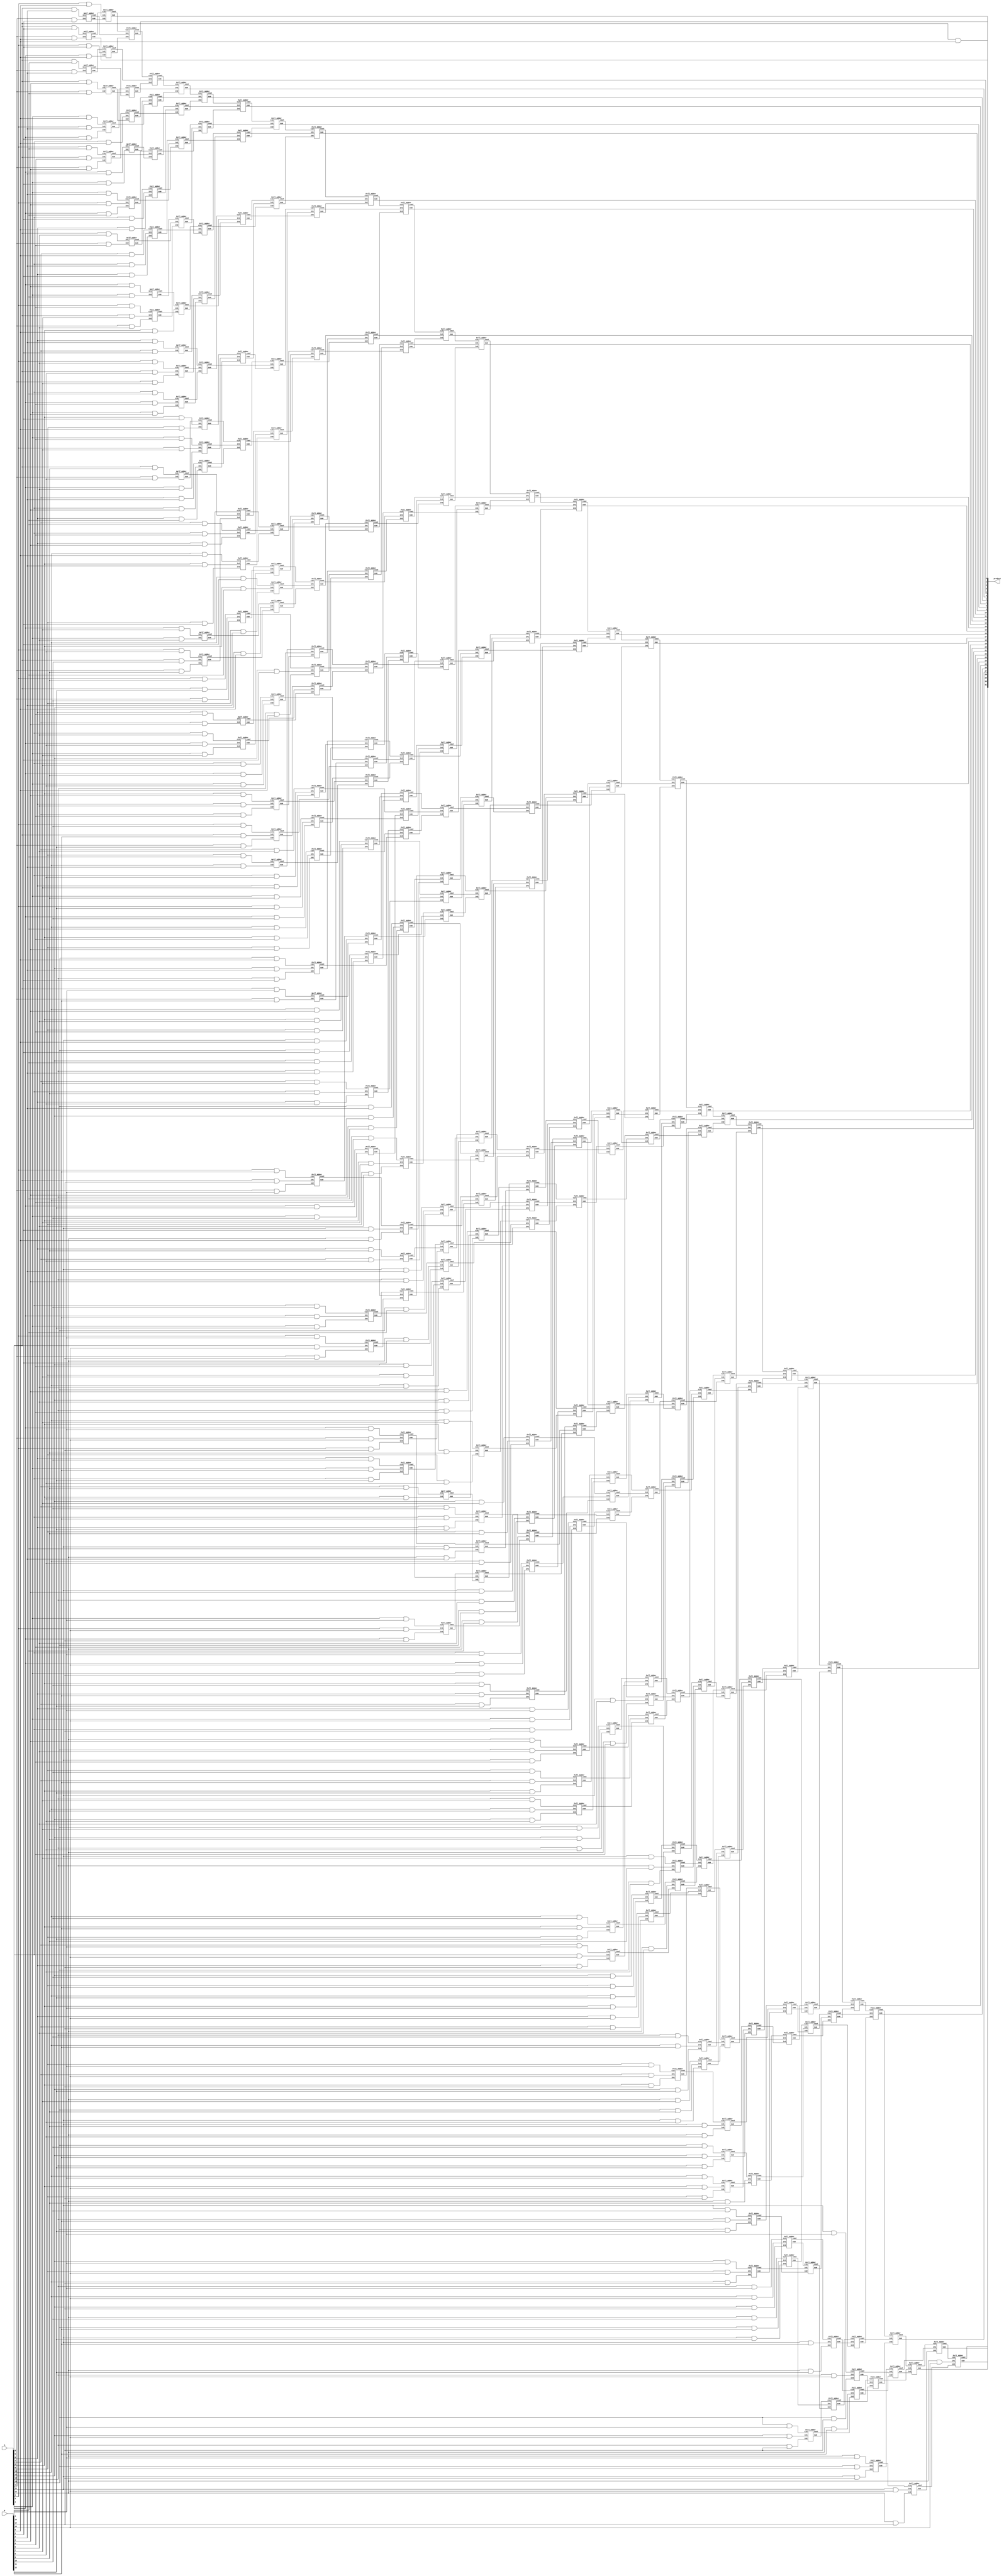
module dadda_unsigned_multiplier_RCA_16(product, A, B);
    input [15:0] A, B;
    output [31:0] product;

    wire [15:0] pp0, pp1, pp2, pp3, pp4, pp5, pp6, pp7, pp8, pp9, pp10, pp11, pp12, pp13, pp14, pp15;

	assign pp0[0] = A[0] & B[0];
	assign pp0[1] = A[0] & B[1];
	assign pp0[2] = A[0] & B[2];
	assign pp0[3] = A[0] & B[3];
	assign pp0[4] = A[0] & B[4];
	assign pp0[5] = A[0] & B[5];
	assign pp0[6] = A[0] & B[6];
	assign pp0[7] = A[0] & B[7];
	assign pp0[8] = A[0] & B[8];
	assign pp0[9] = A[0] & B[9];
	assign pp0[10] = A[0] & B[10];
	assign pp0[11] = A[0] & B[11];
	assign pp0[12] = A[0] & B[12];
	assign pp0[13] = A[0] & B[13];
	assign pp0[14] = A[0] & B[14];
	assign pp0[15] = A[0] & B[15];
	assign pp1[0] = A[1] & B[0];
	assign pp1[1] = A[1] & B[1];
	assign pp1[2] = A[1] & B[2];
	assign pp1[3] = A[1] & B[3];
	assign pp1[4] = A[1] & B[4];
	assign pp1[5] = A[1] & B[5];
	assign pp1[6] = A[1] & B[6];
	assign pp1[7] = A[1] & B[7];
	assign pp1[8] = A[1] & B[8];
	assign pp1[9] = A[1] & B[9];
	assign pp1[10] = A[1] & B[10];
	assign pp1[11] = A[1] & B[11];
	assign pp1[12] = A[1] & B[12];
	assign pp1[13] = A[1] & B[13];
	assign pp1[14] = A[1] & B[14];
	assign pp1[15] = A[1] & B[15];
	assign pp2[0] = A[2] & B[0];
	assign pp2[1] = A[2] & B[1];
	assign pp2[2] = A[2] & B[2];
	assign pp2[3] = A[2] & B[3];
	assign pp2[4] = A[2] & B[4];
	assign pp2[5] = A[2] & B[5];
	assign pp2[6] = A[2] & B[6];
	assign pp2[7] = A[2] & B[7];
	assign pp2[8] = A[2] & B[8];
	assign pp2[9] = A[2] & B[9];
	assign pp2[10] = A[2] & B[10];
	assign pp2[11] = A[2] & B[11];
	assign pp2[12] = A[2] & B[12];
	assign pp2[13] = A[2] & B[13];
	assign pp2[14] = A[2] & B[14];
	assign pp2[15] = A[2] & B[15];
	assign pp3[0] = A[3] & B[0];
	assign pp3[1] = A[3] & B[1];
	assign pp3[2] = A[3] & B[2];
	assign pp3[3] = A[3] & B[3];
	assign pp3[4] = A[3] & B[4];
	assign pp3[5] = A[3] & B[5];
	assign pp3[6] = A[3] & B[6];
	assign pp3[7] = A[3] & B[7];
	assign pp3[8] = A[3] & B[8];
	assign pp3[9] = A[3] & B[9];
	assign pp3[10] = A[3] & B[10];
	assign pp3[11] = A[3] & B[11];
	assign pp3[12] = A[3] & B[12];
	assign pp3[13] = A[3] & B[13];
	assign pp3[14] = A[3] & B[14];
	assign pp3[15] = A[3] & B[15];
	assign pp4[0] = A[4] & B[0];
	assign pp4[1] = A[4] & B[1];
	assign pp4[2] = A[4] & B[2];
	assign pp4[3] = A[4] & B[3];
	assign pp4[4] = A[4] & B[4];
	assign pp4[5] = A[4] & B[5];
	assign pp4[6] = A[4] & B[6];
	assign pp4[7] = A[4] & B[7];
	assign pp4[8] = A[4] & B[8];
	assign pp4[9] = A[4] & B[9];
	assign pp4[10] = A[4] & B[10];
	assign pp4[11] = A[4] & B[11];
	assign pp4[12] = A[4] & B[12];
	assign pp4[13] = A[4] & B[13];
	assign pp4[14] = A[4] & B[14];
	assign pp4[15] = A[4] & B[15];
	assign pp5[0] = A[5] & B[0];
	assign pp5[1] = A[5] & B[1];
	assign pp5[2] = A[5] & B[2];
	assign pp5[3] = A[5] & B[3];
	assign pp5[4] = A[5] & B[4];
	assign pp5[5] = A[5] & B[5];
	assign pp5[6] = A[5] & B[6];
	assign pp5[7] = A[5] & B[7];
	assign pp5[8] = A[5] & B[8];
	assign pp5[9] = A[5] & B[9];
	assign pp5[10] = A[5] & B[10];
	assign pp5[11] = A[5] & B[11];
	assign pp5[12] = A[5] & B[12];
	assign pp5[13] = A[5] & B[13];
	assign pp5[14] = A[5] & B[14];
	assign pp5[15] = A[5] & B[15];
	assign pp6[0] = A[6] & B[0];
	assign pp6[1] = A[6] & B[1];
	assign pp6[2] = A[6] & B[2];
	assign pp6[3] = A[6] & B[3];
	assign pp6[4] = A[6] & B[4];
	assign pp6[5] = A[6] & B[5];
	assign pp6[6] = A[6] & B[6];
	assign pp6[7] = A[6] & B[7];
	assign pp6[8] = A[6] & B[8];
	assign pp6[9] = A[6] & B[9];
	assign pp6[10] = A[6] & B[10];
	assign pp6[11] = A[6] & B[11];
	assign pp6[12] = A[6] & B[12];
	assign pp6[13] = A[6] & B[13];
	assign pp6[14] = A[6] & B[14];
	assign pp6[15] = A[6] & B[15];
	assign pp7[0] = A[7] & B[0];
	assign pp7[1] = A[7] & B[1];
	assign pp7[2] = A[7] & B[2];
	assign pp7[3] = A[7] & B[3];
	assign pp7[4] = A[7] & B[4];
	assign pp7[5] = A[7] & B[5];
	assign pp7[6] = A[7] & B[6];
	assign pp7[7] = A[7] & B[7];
	assign pp7[8] = A[7] & B[8];
	assign pp7[9] = A[7] & B[9];
	assign pp7[10] = A[7] & B[10];
	assign pp7[11] = A[7] & B[11];
	assign pp7[12] = A[7] & B[12];
	assign pp7[13] = A[7] & B[13];
	assign pp7[14] = A[7] & B[14];
	assign pp7[15] = A[7] & B[15];
	assign pp8[0] = A[8] & B[0];
	assign pp8[1] = A[8] & B[1];
	assign pp8[2] = A[8] & B[2];
	assign pp8[3] = A[8] & B[3];
	assign pp8[4] = A[8] & B[4];
	assign pp8[5] = A[8] & B[5];
	assign pp8[6] = A[8] & B[6];
	assign pp8[7] = A[8] & B[7];
	assign pp8[8] = A[8] & B[8];
	assign pp8[9] = A[8] & B[9];
	assign pp8[10] = A[8] & B[10];
	assign pp8[11] = A[8] & B[11];
	assign pp8[12] = A[8] & B[12];
	assign pp8[13] = A[8] & B[13];
	assign pp8[14] = A[8] & B[14];
	assign pp8[15] = A[8] & B[15];
	assign pp9[0] = A[9] & B[0];
	assign pp9[1] = A[9] & B[1];
	assign pp9[2] = A[9] & B[2];
	assign pp9[3] = A[9] & B[3];
	assign pp9[4] = A[9] & B[4];
	assign pp9[5] = A[9] & B[5];
	assign pp9[6] = A[9] & B[6];
	assign pp9[7] = A[9] & B[7];
	assign pp9[8] = A[9] & B[8];
	assign pp9[9] = A[9] & B[9];
	assign pp9[10] = A[9] & B[10];
	assign pp9[11] = A[9] & B[11];
	assign pp9[12] = A[9] & B[12];
	assign pp9[13] = A[9] & B[13];
	assign pp9[14] = A[9] & B[14];
	assign pp9[15] = A[9] & B[15];
	assign pp10[0] = A[10] & B[0];
	assign pp10[1] = A[10] & B[1];
	assign pp10[2] = A[10] & B[2];
	assign pp10[3] = A[10] & B[3];
	assign pp10[4] = A[10] & B[4];
	assign pp10[5] = A[10] & B[5];
	assign pp10[6] = A[10] & B[6];
	assign pp10[7] = A[10] & B[7];
	assign pp10[8] = A[10] & B[8];
	assign pp10[9] = A[10] & B[9];
	assign pp10[10] = A[10] & B[10];
	assign pp10[11] = A[10] & B[11];
	assign pp10[12] = A[10] & B[12];
	assign pp10[13] = A[10] & B[13];
	assign pp10[14] = A[10] & B[14];
	assign pp10[15] = A[10] & B[15];
	assign pp11[0] = A[11] & B[0];
	assign pp11[1] = A[11] & B[1];
	assign pp11[2] = A[11] & B[2];
	assign pp11[3] = A[11] & B[3];
	assign pp11[4] = A[11] & B[4];
	assign pp11[5] = A[11] & B[5];
	assign pp11[6] = A[11] & B[6];
	assign pp11[7] = A[11] & B[7];
	assign pp11[8] = A[11] & B[8];
	assign pp11[9] = A[11] & B[9];
	assign pp11[10] = A[11] & B[10];
	assign pp11[11] = A[11] & B[11];
	assign pp11[12] = A[11] & B[12];
	assign pp11[13] = A[11] & B[13];
	assign pp11[14] = A[11] & B[14];
	assign pp11[15] = A[11] & B[15];
	assign pp12[0] = A[12] & B[0];
	assign pp12[1] = A[12] & B[1];
	assign pp12[2] = A[12] & B[2];
	assign pp12[3] = A[12] & B[3];
	assign pp12[4] = A[12] & B[4];
	assign pp12[5] = A[12] & B[5];
	assign pp12[6] = A[12] & B[6];
	assign pp12[7] = A[12] & B[7];
	assign pp12[8] = A[12] & B[8];
	assign pp12[9] = A[12] & B[9];
	assign pp12[10] = A[12] & B[10];
	assign pp12[11] = A[12] & B[11];
	assign pp12[12] = A[12] & B[12];
	assign pp12[13] = A[12] & B[13];
	assign pp12[14] = A[12] & B[14];
	assign pp12[15] = A[12] & B[15];
	assign pp13[0] = A[13] & B[0];
	assign pp13[1] = A[13] & B[1];
	assign pp13[2] = A[13] & B[2];
	assign pp13[3] = A[13] & B[3];
	assign pp13[4] = A[13] & B[4];
	assign pp13[5] = A[13] & B[5];
	assign pp13[6] = A[13] & B[6];
	assign pp13[7] = A[13] & B[7];
	assign pp13[8] = A[13] & B[8];
	assign pp13[9] = A[13] & B[9];
	assign pp13[10] = A[13] & B[10];
	assign pp13[11] = A[13] & B[11];
	assign pp13[12] = A[13] & B[12];
	assign pp13[13] = A[13] & B[13];
	assign pp13[14] = A[13] & B[14];
	assign pp13[15] = A[13] & B[15];
	assign pp14[0] = A[14] & B[0];
	assign pp14[1] = A[14] & B[1];
	assign pp14[2] = A[14] & B[2];
	assign pp14[3] = A[14] & B[3];
	assign pp14[4] = A[14] & B[4];
	assign pp14[5] = A[14] & B[5];
	assign pp14[6] = A[14] & B[6];
	assign pp14[7] = A[14] & B[7];
	assign pp14[8] = A[14] & B[8];
	assign pp14[9] = A[14] & B[9];
	assign pp14[10] = A[14] & B[10];
	assign pp14[11] = A[14] & B[11];
	assign pp14[12] = A[14] & B[12];
	assign pp14[13] = A[14] & B[13];
	assign pp14[14] = A[14] & B[14];
	assign pp14[15] = A[14] & B[15];
	assign pp15[0] = A[15] & B[0];
	assign pp15[1] = A[15] & B[1];
	assign pp15[2] = A[15] & B[2];
	assign pp15[3] = A[15] & B[3];
	assign pp15[4] = A[15] & B[4];
	assign pp15[5] = A[15] & B[5];
	assign pp15[6] = A[15] & B[6];
	assign pp15[7] = A[15] & B[7];
	assign pp15[8] = A[15] & B[8];
	assign pp15[9] = A[15] & B[9];
	assign pp15[10] = A[15] & B[10];
	assign pp15[11] = A[15] & B[11];
	assign pp15[12] = A[15] & B[12];
	assign pp15[13] = A[15] & B[13];
	assign pp15[14] = A[15] & B[14];
	assign pp15[15] = A[15] & B[15];

	wire [240:0] S;
	wire [240:0] Cout;
	Half_Adder HA1 (pp0[13], pp1[12], S[1], Cout[1]);
	Full_Adder FA1 (pp0[14], pp1[13], pp2[12], S[2], Cout[2]);
	Half_Adder HA2 (pp3[11], pp4[10], S[3], Cout[3]);
	Full_Adder FA2 (pp0[15], pp1[14], pp2[13], S[4], Cout[4]);
	Full_Adder FA3 (pp3[12], pp4[11], pp5[10], S[5], Cout[5]);
	Half_Adder HA3 (pp6[9], pp7[8], S[6], Cout[6]);
	Full_Adder FA4 (pp1[15], pp2[14], pp3[13], S[7], Cout[7]);
	Full_Adder FA5 (pp4[12], pp5[11], pp6[10], S[8], Cout[8]);
	Half_Adder HA4 (pp7[9], pp8[8], S[9], Cout[9]);
	Full_Adder FA6 (pp2[15], pp3[14], pp4[13], S[10], Cout[10]);
	Full_Adder FA7 (pp5[12], pp6[11], pp7[10], S[11], Cout[11]);
	Full_Adder FA8 (pp3[15], pp4[14], pp5[13], S[12], Cout[12]);
	Half_Adder HA5 (pp0[9], pp1[8], S[13], Cout[13]);
	Full_Adder FA9 (pp0[10], pp1[9], pp2[8], S[14], Cout[14]);
	Half_Adder HA6 (pp3[7], pp4[6], S[15], Cout[15]);
	Full_Adder FA10 (pp0[11], pp1[10], pp2[9], S[16], Cout[16]);
	Full_Adder FA11 (pp3[8], pp4[7], pp5[6], S[17], Cout[17]);
	Half_Adder HA7 (pp6[5], pp7[4], S[18], Cout[18]);
	Full_Adder FA12 (pp0[12], pp1[11], pp2[10], S[19], Cout[19]);
	Full_Adder FA13 (pp3[9], pp4[8], pp5[7], S[20], Cout[20]);
	Full_Adder FA14 (pp6[6], pp7[5], pp8[4], S[21], Cout[21]);
	Half_Adder HA8 (pp9[3], pp10[2], S[22], Cout[22]);
	Full_Adder FA15 (pp2[11], pp3[10], pp4[9], S[23], Cout[23]);
	Full_Adder FA16 (pp5[8], pp6[7], pp7[6], S[24], Cout[24]);
	Full_Adder FA17 (pp8[5], pp9[4], pp10[3], S[25], Cout[25]);
	Full_Adder FA18 (pp11[2], pp12[1], pp13[0], S[26], Cout[26]);
	Full_Adder FA19 (pp5[9], pp6[8], pp7[7], S[27], Cout[27]);
	Full_Adder FA20 (pp8[6], pp9[5], pp10[4], S[28], Cout[28]);
	Full_Adder FA21 (pp11[3], pp12[2], pp13[1], S[29], Cout[29]);
	Full_Adder FA22 (pp14[0], Cout[1], S[2], S[30], Cout[30]);
	Full_Adder FA23 (pp8[7], pp9[6], pp10[5], S[31], Cout[31]);
	Full_Adder FA24 (pp11[4], pp12[3], pp13[2], S[32], Cout[32]);
	Full_Adder FA25 (pp14[1], pp15[0], Cout[2], S[33], Cout[33]);
	Full_Adder FA26 (Cout[3], S[4], S[5], S[34], Cout[34]);
	Full_Adder FA27 (pp9[7], pp10[6], pp11[5], S[35], Cout[35]);
	Full_Adder FA28 (pp12[4], pp13[3], pp14[2], S[36], Cout[36]);
	Full_Adder FA29 (pp15[1], Cout[4], Cout[5], S[37], Cout[37]);
	Full_Adder FA30 (Cout[6], S[7], S[8], S[38], Cout[38]);
	Full_Adder FA31 (pp8[9], pp9[8], pp10[7], S[39], Cout[39]);
	Full_Adder FA32 (pp11[6], pp12[5], pp13[4], S[40], Cout[40]);
	Full_Adder FA33 (pp14[3], pp15[2], Cout[7], S[41], Cout[41]);
	Full_Adder FA34 (Cout[8], Cout[9], S[10], S[42], Cout[42]);
	Full_Adder FA35 (pp6[12], pp7[11], pp8[10], S[43], Cout[43]);
	Full_Adder FA36 (pp9[9], pp10[8], pp11[7], S[44], Cout[44]);
	Full_Adder FA37 (pp12[6], pp13[5], pp14[4], S[45], Cout[45]);
	Full_Adder FA38 (pp15[3], Cout[10], Cout[11], S[46], Cout[46]);
	Full_Adder FA39 (pp4[15], pp5[14], pp6[13], S[47], Cout[47]);
	Full_Adder FA40 (pp7[12], pp8[11], pp9[10], S[48], Cout[48]);
	Full_Adder FA41 (pp10[9], pp11[8], pp12[7], S[49], Cout[49]);
	Full_Adder FA42 (pp13[6], pp14[5], pp15[4], S[50], Cout[50]);
	Full_Adder FA43 (pp5[15], pp6[14], pp7[13], S[51], Cout[51]);
	Full_Adder FA44 (pp8[12], pp9[11], pp10[10], S[52], Cout[52]);
	Full_Adder FA45 (pp11[9], pp12[8], pp13[7], S[53], Cout[53]);
	Full_Adder FA46 (pp6[15], pp7[14], pp8[13], S[54], Cout[54]);
	Full_Adder FA47 (pp9[12], pp10[11], pp11[10], S[55], Cout[55]);
	Full_Adder FA48 (pp7[15], pp8[14], pp9[13], S[56], Cout[56]);
	Half_Adder HA9 (pp0[6], pp1[5], S[57], Cout[57]);
	Full_Adder FA49 (pp0[7], pp1[6], pp2[5], S[58], Cout[58]);
	Half_Adder HA10 (pp3[4], pp4[3], S[59], Cout[59]);
	Full_Adder FA50 (pp0[8], pp1[7], pp2[6], S[60], Cout[60]);
	Full_Adder FA51 (pp3[5], pp4[4], pp5[3], S[61], Cout[61]);
	Half_Adder HA11 (pp6[2], pp7[1], S[62], Cout[62]);
	Full_Adder FA52 (pp2[7], pp3[6], pp4[5], S[63], Cout[63]);
	Full_Adder FA53 (pp5[4], pp6[3], pp7[2], S[64], Cout[64]);
	Full_Adder FA54 (pp8[1], pp9[0], S[13], S[65], Cout[65]);
	Full_Adder FA55 (pp5[5], pp6[4], pp7[3], S[66], Cout[66]);
	Full_Adder FA56 (pp8[2], pp9[1], pp10[0], S[67], Cout[67]);
	Full_Adder FA57 (Cout[13], S[14], S[15], S[68], Cout[68]);
	Full_Adder FA58 (pp8[3], pp9[2], pp10[1], S[69], Cout[69]);
	Full_Adder FA59 (pp11[0], Cout[14], Cout[15], S[70], Cout[70]);
	Full_Adder FA60 (S[16], S[17], S[18], S[71], Cout[71]);
	Full_Adder FA61 (pp11[1], pp12[0], Cout[16], S[72], Cout[72]);
	Full_Adder FA62 (Cout[17], Cout[18], S[19], S[73], Cout[73]);
	Full_Adder FA63 (S[20], S[21], S[22], S[74], Cout[74]);
	Full_Adder FA64 (S[1], Cout[19], Cout[20], S[75], Cout[75]);
	Full_Adder FA65 (Cout[21], Cout[22], S[23], S[76], Cout[76]);
	Full_Adder FA66 (S[24], S[25], S[26], S[77], Cout[77]);
	Full_Adder FA67 (S[3], Cout[23], Cout[24], S[78], Cout[78]);
	Full_Adder FA68 (Cout[25], Cout[26], S[27], S[79], Cout[79]);
	Full_Adder FA69 (S[28], S[29], S[30], S[80], Cout[80]);
	Full_Adder FA70 (S[6], Cout[27], Cout[28], S[81], Cout[81]);
	Full_Adder FA71 (Cout[29], Cout[30], S[31], S[82], Cout[82]);
	Full_Adder FA72 (S[32], S[33], S[34], S[83], Cout[83]);
	Full_Adder FA73 (S[9], Cout[31], Cout[32], S[84], Cout[84]);
	Full_Adder FA74 (Cout[33], Cout[34], S[35], S[85], Cout[85]);
	Full_Adder FA75 (S[36], S[37], S[38], S[86], Cout[86]);
	Full_Adder FA76 (S[11], Cout[35], Cout[36], S[87], Cout[87]);
	Full_Adder FA77 (Cout[37], Cout[38], S[39], S[88], Cout[88]);
	Full_Adder FA78 (S[40], S[41], S[42], S[89], Cout[89]);
	Full_Adder FA79 (S[12], Cout[39], Cout[40], S[90], Cout[90]);
	Full_Adder FA80 (Cout[41], Cout[42], S[43], S[91], Cout[91]);
	Full_Adder FA81 (S[44], S[45], S[46], S[92], Cout[92]);
	Full_Adder FA82 (Cout[12], Cout[43], Cout[44], S[93], Cout[93]);
	Full_Adder FA83 (Cout[45], Cout[46], S[47], S[94], Cout[94]);
	Full_Adder FA84 (S[48], S[49], S[50], S[95], Cout[95]);
	Full_Adder FA85 (pp14[6], pp15[5], Cout[47], S[96], Cout[96]);
	Full_Adder FA86 (Cout[48], Cout[49], Cout[50], S[97], Cout[97]);
	Full_Adder FA87 (S[51], S[52], S[53], S[98], Cout[98]);
	Full_Adder FA88 (pp12[9], pp13[8], pp14[7], S[99], Cout[99]);
	Full_Adder FA89 (pp15[6], Cout[51], Cout[52], S[100], Cout[100]);
	Full_Adder FA90 (Cout[53], S[54], S[55], S[101], Cout[101]);
	Full_Adder FA91 (pp10[12], pp11[11], pp12[10], S[102], Cout[102]);
	Full_Adder FA92 (pp13[9], pp14[8], pp15[7], S[103], Cout[103]);
	Full_Adder FA93 (Cout[54], Cout[55], S[56], S[104], Cout[104]);
	Full_Adder FA94 (pp8[15], pp9[14], pp10[13], S[105], Cout[105]);
	Full_Adder FA95 (pp11[12], pp12[11], pp13[10], S[106], Cout[106]);
	Full_Adder FA96 (pp14[9], pp15[8], Cout[56], S[107], Cout[107]);
	Full_Adder FA97 (pp9[15], pp10[14], pp11[13], S[108], Cout[108]);
	Full_Adder FA98 (pp12[12], pp13[11], pp14[10], S[109], Cout[109]);
	Full_Adder FA99 (pp10[15], pp11[14], pp12[13], S[110], Cout[110]);
	Half_Adder HA12 (pp0[4], pp1[3], S[111], Cout[111]);
	Full_Adder FA100 (pp0[5], pp1[4], pp2[3], S[112], Cout[112]);
	Half_Adder HA13 (pp3[2], pp4[1], S[113], Cout[113]);
	Full_Adder FA101 (pp2[4], pp3[3], pp4[2], S[114], Cout[114]);
	Full_Adder FA102 (pp5[1], pp6[0], S[57], S[115], Cout[115]);
	Full_Adder FA103 (pp5[2], pp6[1], pp7[0], S[116], Cout[116]);
	Full_Adder FA104 (Cout[57], S[58], S[59], S[117], Cout[117]);
	Full_Adder FA105 (pp8[0], Cout[58], Cout[59], S[118], Cout[118]);
	Full_Adder FA106 (S[60], S[61], S[62], S[119], Cout[119]);
	Full_Adder FA107 (Cout[60], Cout[61], Cout[62], S[120], Cout[120]);
	Full_Adder FA108 (S[63], S[64], S[65], S[121], Cout[121]);
	Full_Adder FA109 (Cout[63], Cout[64], Cout[65], S[122], Cout[122]);
	Full_Adder FA110 (S[66], S[67], S[68], S[123], Cout[123]);
	Full_Adder FA111 (Cout[66], Cout[67], Cout[68], S[124], Cout[124]);
	Full_Adder FA112 (S[69], S[70], S[71], S[125], Cout[125]);
	Full_Adder FA113 (Cout[69], Cout[70], Cout[71], S[126], Cout[126]);
	Full_Adder FA114 (S[72], S[73], S[74], S[127], Cout[127]);
	Full_Adder FA115 (Cout[72], Cout[73], Cout[74], S[128], Cout[128]);
	Full_Adder FA116 (S[75], S[76], S[77], S[129], Cout[129]);
	Full_Adder FA117 (Cout[75], Cout[76], Cout[77], S[130], Cout[130]);
	Full_Adder FA118 (S[78], S[79], S[80], S[131], Cout[131]);
	Full_Adder FA119 (Cout[78], Cout[79], Cout[80], S[132], Cout[132]);
	Full_Adder FA120 (S[81], S[82], S[83], S[133], Cout[133]);
	Full_Adder FA121 (Cout[81], Cout[82], Cout[83], S[134], Cout[134]);
	Full_Adder FA122 (S[84], S[85], S[86], S[135], Cout[135]);
	Full_Adder FA123 (Cout[84], Cout[85], Cout[86], S[136], Cout[136]);
	Full_Adder FA124 (S[87], S[88], S[89], S[137], Cout[137]);
	Full_Adder FA125 (Cout[87], Cout[88], Cout[89], S[138], Cout[138]);
	Full_Adder FA126 (S[90], S[91], S[92], S[139], Cout[139]);
	Full_Adder FA127 (Cout[90], Cout[91], Cout[92], S[140], Cout[140]);
	Full_Adder FA128 (S[93], S[94], S[95], S[141], Cout[141]);
	Full_Adder FA129 (Cout[93], Cout[94], Cout[95], S[142], Cout[142]);
	Full_Adder FA130 (S[96], S[97], S[98], S[143], Cout[143]);
	Full_Adder FA131 (Cout[96], Cout[97], Cout[98], S[144], Cout[144]);
	Full_Adder FA132 (S[99], S[100], S[101], S[145], Cout[145]);
	Full_Adder FA133 (Cout[99], Cout[100], Cout[101], S[146], Cout[146]);
	Full_Adder FA134 (S[102], S[103], S[104], S[147], Cout[147]);
	Full_Adder FA135 (Cout[102], Cout[103], Cout[104], S[148], Cout[148]);
	Full_Adder FA136 (S[105], S[106], S[107], S[149], Cout[149]);
	Full_Adder FA137 (pp15[9], Cout[105], Cout[106], S[150], Cout[150]);
	Full_Adder FA138 (Cout[107], S[108], S[109], S[151], Cout[151]);
	Full_Adder FA139 (pp13[12], pp14[11], pp15[10], S[152], Cout[152]);
	Full_Adder FA140 (Cout[108], Cout[109], S[110], S[153], Cout[153]);
	Full_Adder FA141 (pp11[15], pp12[14], pp13[13], S[154], Cout[154]);
	Full_Adder FA142 (pp14[12], pp15[11], Cout[110], S[155], Cout[155]);
	Full_Adder FA143 (pp12[15], pp13[14], pp14[13], S[156], Cout[156]);
	Half_Adder HA14 (pp0[3], pp1[2], S[157], Cout[157]);
	Full_Adder FA144 (pp2[2], pp3[1], pp4[0], S[158], Cout[158]);
	Full_Adder FA145 (pp5[0], Cout[111], S[112], S[159], Cout[159]);
	Full_Adder FA146 (Cout[112], Cout[113], S[114], S[160], Cout[160]);
	Full_Adder FA147 (Cout[114], Cout[115], S[116], S[161], Cout[161]);
	Full_Adder FA148 (Cout[116], Cout[117], S[118], S[162], Cout[162]);
	Full_Adder FA149 (Cout[118], Cout[119], S[120], S[163], Cout[163]);
	Full_Adder FA150 (Cout[120], Cout[121], S[122], S[164], Cout[164]);
	Full_Adder FA151 (Cout[122], Cout[123], S[124], S[165], Cout[165]);
	Full_Adder FA152 (Cout[124], Cout[125], S[126], S[166], Cout[166]);
	Full_Adder FA153 (Cout[126], Cout[127], S[128], S[167], Cout[167]);
	Full_Adder FA154 (Cout[128], Cout[129], S[130], S[168], Cout[168]);
	Full_Adder FA155 (Cout[130], Cout[131], S[132], S[169], Cout[169]);
	Full_Adder FA156 (Cout[132], Cout[133], S[134], S[170], Cout[170]);
	Full_Adder FA157 (Cout[134], Cout[135], S[136], S[171], Cout[171]);
	Full_Adder FA158 (Cout[136], Cout[137], S[138], S[172], Cout[172]);
	Full_Adder FA159 (Cout[138], Cout[139], S[140], S[173], Cout[173]);
	Full_Adder FA160 (Cout[140], Cout[141], S[142], S[174], Cout[174]);
	Full_Adder FA161 (Cout[142], Cout[143], S[144], S[175], Cout[175]);
	Full_Adder FA162 (Cout[144], Cout[145], S[146], S[176], Cout[176]);
	Full_Adder FA163 (Cout[146], Cout[147], S[148], S[177], Cout[177]);
	Full_Adder FA164 (Cout[148], Cout[149], S[150], S[178], Cout[178]);
	Full_Adder FA165 (Cout[150], Cout[151], S[152], S[179], Cout[179]);
	Full_Adder FA166 (Cout[152], Cout[153], S[154], S[180], Cout[180]);
	Full_Adder FA167 (pp15[12], Cout[154], Cout[155], S[181], Cout[181]);
	Full_Adder FA168 (pp13[15], pp14[14], pp15[13], S[182], Cout[182]);
	Half_Adder HA15 (pp0[2], pp1[1], S[183], Cout[183]);
	Full_Adder FA169 (pp2[1], pp3[0], S[157], S[184], Cout[184]);
	Full_Adder FA170 (S[111], Cout[157], S[158], S[185], Cout[185]);
	Full_Adder FA171 (S[113], Cout[158], S[159], S[186], Cout[186]);
	Full_Adder FA172 (S[115], Cout[159], S[160], S[187], Cout[187]);
	Full_Adder FA173 (S[117], Cout[160], S[161], S[188], Cout[188]);
	Full_Adder FA174 (S[119], Cout[161], S[162], S[189], Cout[189]);
	Full_Adder FA175 (S[121], Cout[162], S[163], S[190], Cout[190]);
	Full_Adder FA176 (S[123], Cout[163], S[164], S[191], Cout[191]);
	Full_Adder FA177 (S[125], Cout[164], S[165], S[192], Cout[192]);
	Full_Adder FA178 (S[127], Cout[165], S[166], S[193], Cout[193]);
	Full_Adder FA179 (S[129], Cout[166], S[167], S[194], Cout[194]);
	Full_Adder FA180 (S[131], Cout[167], S[168], S[195], Cout[195]);
	Full_Adder FA181 (S[133], Cout[168], S[169], S[196], Cout[196]);
	Full_Adder FA182 (S[135], Cout[169], S[170], S[197], Cout[197]);
	Full_Adder FA183 (S[137], Cout[170], S[171], S[198], Cout[198]);
	Full_Adder FA184 (S[139], Cout[171], S[172], S[199], Cout[199]);
	Full_Adder FA185 (S[141], Cout[172], S[173], S[200], Cout[200]);
	Full_Adder FA186 (S[143], Cout[173], S[174], S[201], Cout[201]);
	Full_Adder FA187 (S[145], Cout[174], S[175], S[202], Cout[202]);
	Full_Adder FA188 (S[147], Cout[175], S[176], S[203], Cout[203]);
	Full_Adder FA189 (S[149], Cout[176], S[177], S[204], Cout[204]);
	Full_Adder FA190 (S[151], Cout[177], S[178], S[205], Cout[205]);
	Full_Adder FA191 (S[153], Cout[178], S[179], S[206], Cout[206]);
	Full_Adder FA192 (S[155], Cout[179], S[180], S[207], Cout[207]);
	Full_Adder FA193 (S[156], Cout[180], S[181], S[208], Cout[208]);
	Full_Adder FA194 (Cout[156], Cout[181], S[182], S[209], Cout[209]);
	Full_Adder FA195 (pp14[15], pp15[14], Cout[182], S[210], Cout[210]);
	Half_Adder HA16 (pp0[1], pp1[0], S[0], Cout[0]);
	Full_Adder FA196 (pp2[0], S[183], Cout[0], S[211], Cout[211]);
	Full_Adder FA197 (Cout[183], S[184], Cout[211], S[212], Cout[212]);
	Full_Adder FA198 (Cout[184], S[185], Cout[212], S[213], Cout[213]);
	Full_Adder FA199 (Cout[185], S[186], Cout[213], S[214], Cout[214]);
	Full_Adder FA200 (Cout[186], S[187], Cout[214], S[215], Cout[215]);
	Full_Adder FA201 (Cout[187], S[188], Cout[215], S[216], Cout[216]);
	Full_Adder FA202 (Cout[188], S[189], Cout[216], S[217], Cout[217]);
	Full_Adder FA203 (Cout[189], S[190], Cout[217], S[218], Cout[218]);
	Full_Adder FA204 (Cout[190], S[191], Cout[218], S[219], Cout[219]);
	Full_Adder FA205 (Cout[191], S[192], Cout[219], S[220], Cout[220]);
	Full_Adder FA206 (Cout[192], S[193], Cout[220], S[221], Cout[221]);
	Full_Adder FA207 (Cout[193], S[194], Cout[221], S[222], Cout[222]);
	Full_Adder FA208 (Cout[194], S[195], Cout[222], S[223], Cout[223]);
	Full_Adder FA209 (Cout[195], S[196], Cout[223], S[224], Cout[224]);
	Full_Adder FA210 (Cout[196], S[197], Cout[224], S[225], Cout[225]);
	Full_Adder FA211 (Cout[197], S[198], Cout[225], S[226], Cout[226]);
	Full_Adder FA212 (Cout[198], S[199], Cout[226], S[227], Cout[227]);
	Full_Adder FA213 (Cout[199], S[200], Cout[227], S[228], Cout[228]);
	Full_Adder FA214 (Cout[200], S[201], Cout[228], S[229], Cout[229]);
	Full_Adder FA215 (Cout[201], S[202], Cout[229], S[230], Cout[230]);
	Full_Adder FA216 (Cout[202], S[203], Cout[230], S[231], Cout[231]);
	Full_Adder FA217 (Cout[203], S[204], Cout[231], S[232], Cout[232]);
	Full_Adder FA218 (Cout[204], S[205], Cout[232], S[233], Cout[233]);
	Full_Adder FA219 (Cout[205], S[206], Cout[233], S[234], Cout[234]);
	Full_Adder FA220 (Cout[206], S[207], Cout[234], S[235], Cout[235]);
	Full_Adder FA221 (Cout[207], S[208], Cout[235], S[236], Cout[236]);
	Full_Adder FA222 (Cout[208], S[209], Cout[236], S[237], Cout[237]);
	Full_Adder FA223 (Cout[209], S[210], Cout[237], S[238], Cout[238]);
	Full_Adder FA224 (pp15[15], Cout[210], Cout[238], S[239], Cout[239]);

	assign product[31] = Cout[239];
	assign product[30] = S[239];
	assign product[29] = S[238];
	assign product[28] = S[237];
	assign product[27] = S[236];
	assign product[26] = S[235];
	assign product[25] = S[234];
	assign product[24] = S[233];
	assign product[23] = S[232];
	assign product[22] = S[231];
	assign product[21] = S[230];
	assign product[20] = S[229];
	assign product[19] = S[228];
	assign product[18] = S[227];
	assign product[17] = S[226];
	assign product[16] = S[225];
	assign product[15] = S[224];
	assign product[14] = S[223];
	assign product[13] = S[222];
	assign product[12] = S[221];
	assign product[11] = S[220];
	assign product[10] = S[219];
	assign product[9] = S[218];
	assign product[8] = S[217];
	assign product[7] = S[216];
	assign product[6] = S[215];
	assign product[5] = S[214];
	assign product[4] = S[213];
	assign product[3] = S[212];
	assign product[2] = S[211];
	assign product[1] = S[0];
	assign product[0] = pp0[0];

	
endmodule

module Half_Adder(input wire in1,
                  input wire in2,
				  output wire sum,
                  output wire cout);
    xor(sum, in1, in2);
    and(cout, in1, in2);
endmodule

module Full_Adder(input wire in1,
                  input wire in2,
                  input wire cin,
				  output wire sum,
                  output wire cout);
    wire temp1;
    wire temp2;
    wire temp3;
    xor(sum, in1, in2, cin);
    and(temp1,in1,in2);
    and(temp2,in1,cin);
    and(temp3,in2,cin);
    or(cout,temp1,temp2,temp3);
endmodule